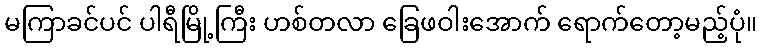
မကြာခင်ပင် ပါရီမြို့ကြီး ဟစ်တလာ ခြေဖဝါးအောက် ရောက်တော့မည့်ပုံ။